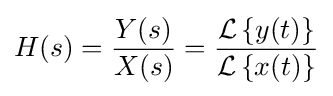
H(s)={\frac {Y(s)}{X(s)}}={\frac {{\mathcal {L}}\left\{y(t)\right\}}{{\mathcal {L}}\left\{x(t)\right\}}}